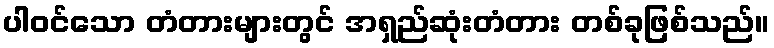
ပါဝင်သော တံတားများတွင် အရှည်ဆုံးတံတား တစ်ခုဖြစ်သည်။